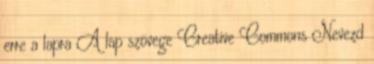
erre a lapra A lap szövege Creative Commons Nevezd